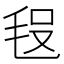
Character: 𣭗